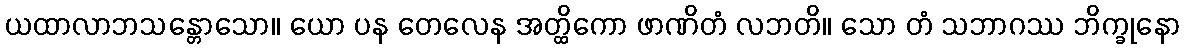
ယထာလာဘသန္တောသော။ ယော ပန တေလေန အတ္ထိကော ဖာဏိတံ လဘတိ။ သော တံ သဘာဂဿ ဘိက္ခုနော